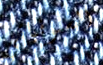
السوفياتي